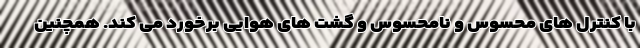
با کنترل های محسوس و نامحسوس و گشت های هوایی برخورد می کند. همچنین